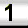
Digit: 1